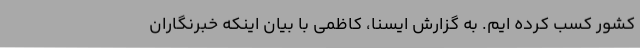
کشور کسب کرده ایم. به گزارش ایسنا، کاظمی با بیان اینکه خبرنگاران